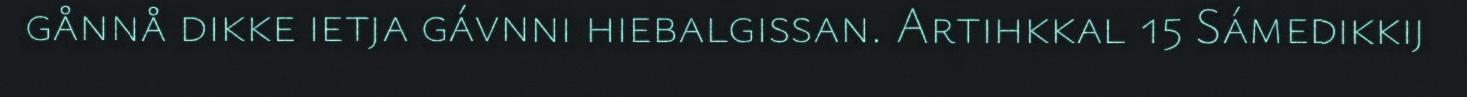
gånnå dikke ietja gávnni hiebalgissan. Artihkkal 15 Sámedikkij